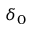
\delta _ { 0 }